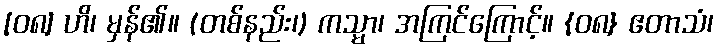
[၀၈] ဟိ၊ မှန်၏။ (တစ်နည်း၊) ကသ္မာ၊ အကြင်ကြောင့်။ {၀၈} ဧတာသံ၊